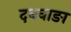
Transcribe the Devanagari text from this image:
दधवाङा